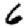
Digit: 6